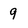
Character: 9